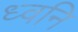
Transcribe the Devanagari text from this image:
ध्‍वनि